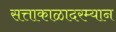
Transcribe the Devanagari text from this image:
सत्ताकाळादरम्यान